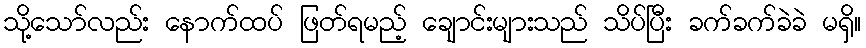
သို့သော်လည်း နောက်ထပ် ဖြတ်ရမည့် ချောင်းများသည် သိပ်ပြီး ခက်ခက်ခဲခဲ မရှိ။